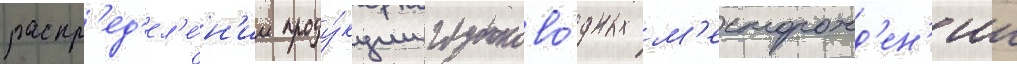
распр'ед'ел'е́н'ии проду́кции глубоково́дных м'есторожд'ен'ии